Indian journal of veterinary science and animal husbandry - Volume 12,
Year: 1942
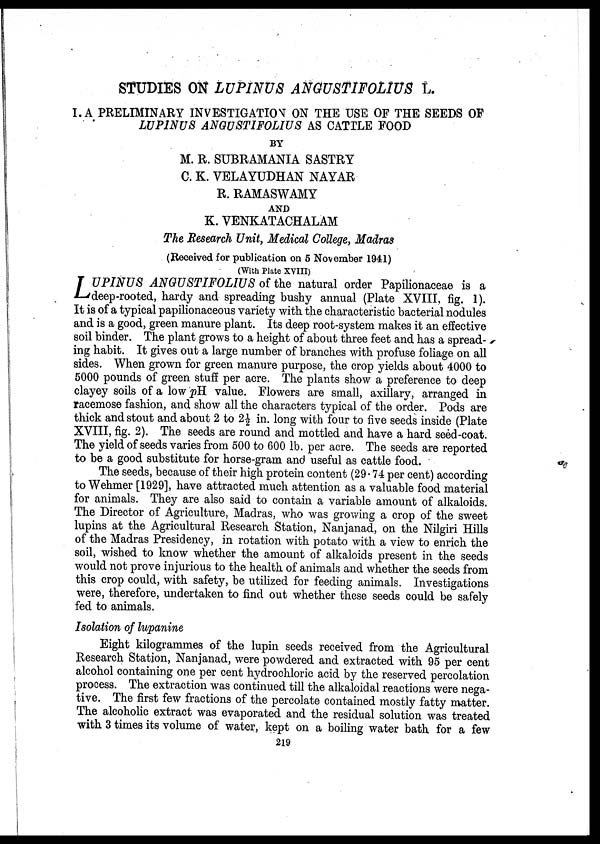
STUDIES ON LUPINUS ANGUSTIFOLIUS L.
I. A PRELIMINARY INVESTIGATION ON THE USE OF THE SEEDS OF
LUP1NUS ANGUSTIFOLIUS AS CATTLE FOOD
BY
M. R. SUBRAMANIA SASTRY
C. K. VELAYUDHAN NAYAR
R. RAMASWAMY
AND
K. VENKATACHALAM
The Research Unit, Medical College, Madras
(Received for publication on 5 November 1941)
(With Plate XVIII)
L UPINUS ANGUSTIFOLIUS of the natural order Papilionaceae is a
deep-rooted, hardy and spreading bushy annual (Plate XVIII, fig. 1).
It is of a typical papilionaceous variety with the characteristic bacterial nodules
and is a good, green manure plant. Its deep root-system makes it an effective
soil binder. The plant grows to a height of about three feet and has a spread-
ing habit. It gives out a large number of branches with profuse foliage on all
sides. When grown for green manure purpose, the crop yields about 4000 to
5000 pounds of green stuff per acre. The plants show a preference to deep
clayey soils of a low pH value. Flowers are small, axillary, arranged in
racemose fashion, and show all the characters typical of the order. Pods are
thick and stout and about 2 to 2½ in. long with four to five seeds inside (Plate
XVIII, fig. 2). The seeds are round and mottled and have a hard seed-coat.
The yield of seeds varies from 500 to 600 lb. per acre. The seeds are reported
to be a good substitute for horse-gram and useful as cattle food.
The seeds, because of their high protein content (29.74 per cent) according
to Wehmer [1929], have attracted much attention as a valuable food material
for animals. They are also said to contain a variable amount of alkaloids.
The Director of Agriculture, Madras, who was growing a crop of the sweet
lupins at the Agricultural Research Station, Nanjanad, on the Nilgiri Hills
of the Madras Presidency, in rotation with potato with a view to enrich the
soil, wished to know whether the amount of alkaloids present in the seeds
would not prove injurious to the health of animals and whether the seeds from
this crop could, with safety, be utilized for feeding animals. Investigations
were, therefore, undertaken to find out whether these seeds could be safely
fed to animals.
Isolation of lupanine
Eight kilogrammes of the lupin seeds received from the Agricultural
Research Station, Nanjanad, were powdered and extracted with 95 per cent
alcohol containing one per cent hydrochloric acid by the reserved percolation
process. The extraction was continued till the alkaloidal reactions were nega-
tive. The first few fractions of the percolate contained mostly fatty matter.
The alcoholic extract was evaporated and the residual solution was treated
with 3 times its volume of water, kept on a boiling water bath for a few
219